Medical and sanitary report of the native army of Bengal for the year
Year: 1877
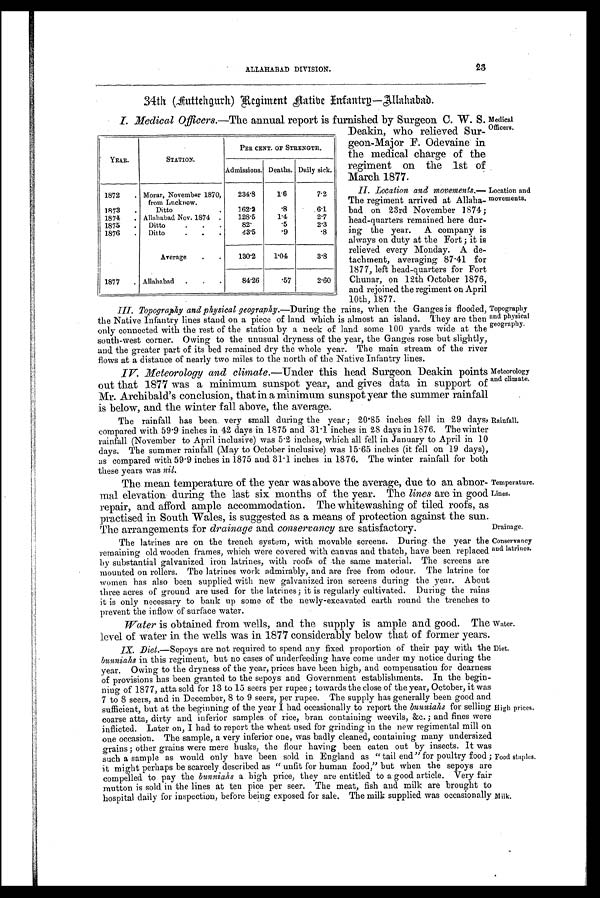
ALLAHABAD DIVISION.
23
Medical
officers.
Location and
movements.
T o p o g r a p h y
a n d p h y s i c a l
g e o g r a p h y .
Meteorology
and climate.
Rainfall.
Temperature..
Lines.
Drainage.
Conservancy
and latrines.
Water .
Diet..
High prices.
Food staples.
Milk.
34th (Huttehgurh) Regiment natibe Intantrp-Allhabad.
I. Medical Officers.—The annual report is furnished by Surgeon C. W. S.
Deakin, who relieved Sur-
geon-Major F. Odevaine in
the medical charge of the
regiment on the 1st of
March 1877.
II. Lo cation and movements.—
The regiment arrived at Allaha-
bad on 23rd November 1874;
head-quarters remained here dur-
ing the year. A company is
always on duty at the Fort; it is
relieved every Monday. A de-
tachrnent, averaging 87.41 for
1877, left head-quarters for Fort
Chunar, on 12th October 1876,
and rejoined the regiment on April
10th, 1877.
III. Topography and physical geography.—During the rains, when the Ganges is flooded,
the Native Infantry lines stand on a piece of land which is almost an island. They are then
only connected with the rest of the station by a neck of land some 100 yards wide at the /
south-west corner. Owing to the unusual dryness of the year, the Ganges rose but slightly,
and the greater part of its bed remained dry the whole year. The main stream of the river
flows at a distance of nearly two miles to the north of the Native Infantry lines.
IV
. Meteorology and climate.—Under this head Surgeon Deakin points
out that 1877 was a minimum sunspot year, and gives data in support of
Mr. Archibald's conclusion, that in a minimum sunspot year the summer rainfall
is below, and the winter fall above, the average.
The rainfall has been. very small during the year; 20.85 inches fell in 29 days,
compared with 59-9 inches in 42 days in 1875 and 31.1 inches in 28 days in 1876. The winter
rainfall (November to April inclusive) was 5.2 inches, which all fell in January to April in 10
days. The summer rainfall (May to October inclusive) was 15.65 inches (it fell on 19 days),
as compared with 59.9 inches in 1875 and 31.1 inches in 1876. The winter rainfall for both
these years was nil.
The mean temperature of the year was above the average, due to an abnor-
mal elevation during the last six months of the year. The lines are in good
repair, and afford ample accommodation. The whitewashing of tiled roofs, as
practised in South Wales, is suggested as a means of protection against the sun.
The arrangements for drainage and conservancy are satisfactory.
The latrines are on the trench system, with movable screens. During the year the
remaining old wooden frames, which were covered with canvas and thatch, have been replaced
by substantial galvanized iron latrines, with roofs of the same material. The screens are
mounted on rollers. The latrines work admirably, and are free from odour. The latrine for
women has also been supplied with new galvanized iron screens during the year. About
three acres of ground are used for the latrines; it is regularly cultivated. During the rains
it is only necessary to bank up some of the newly-excavated earth round the trenches to
prevent the inflow of surface water.
Water is obtained from wells, and the supply is ample and good. The
level of water in the wells was in 1877 considerably below that of former years.
IX. Diet.—Sepoys are not required to spend any fixed proportion of their pay with the
bunniahs in this regiment, but no cases of underfeeding have come under my notice during the
year. Owing to the dryness of the year, prices have been high, and compensation for dearness
of provisions has been granted to the sepoys and Government establishments. In the begin-
ning of 1877, atta sold for 13 to 15 seers per rupee; towards the close of the year, October, it was
7 to 8 seers, and in December, 8 to 9 seers, per rupee. The supply has generally been good and
sufficient, but at the beginning of the year I had occasionally to report the bunniahs for selling
coarse atta, dirty and inferior samples of rice, bran containing weevils, &c.; and fines were
inflicted. Later on, I had to report the wheat used for grinding in the new regimental mill on
one occasion. The sample, a very inferior one, was badly cleaned, containing many undersized
grains; other grains were mere husks, the flour having been eaten out by insects. It was
such a sample as would only have been sold in England as "tail end" for poultry food ;
it might perhaps be scarcely described as "unfit for human food," but when the sepoys are
compelled to pay the bunniahs a high price, they are entitled to a good article. Very fair
mutton is sold in the lines at ten pice per seer. The meat, fish and milk are brought to
hospital daily for inspection, before being exposed for sale. The milk supplied was occasionally
YEAR.
STATION.
PER CENT. OF STRENGTII.
Admissions. Deaths. Daily sick.
1872
Morar, November 1870,
from Lncknow.
234.8
1.6
7.2
1873
Ditto
162.2
. 8
6.1
1874
Allahabad Nov. 1874
128.5
1.4
2.7
1875
Ditto
82.
.5
2.3
1876
Ditto
43.5
.9
. 8
Average
130.2
1.04
3.8
1877
Allahabad
84.26
.57
2.60